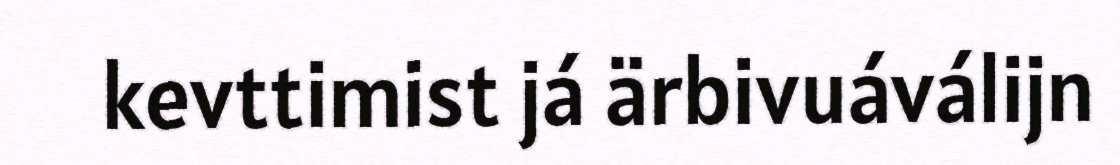
kevttimist já ärbivuáválijn